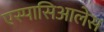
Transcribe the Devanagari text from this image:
एस्पासिआलेस